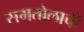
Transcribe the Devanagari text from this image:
समतोलाची